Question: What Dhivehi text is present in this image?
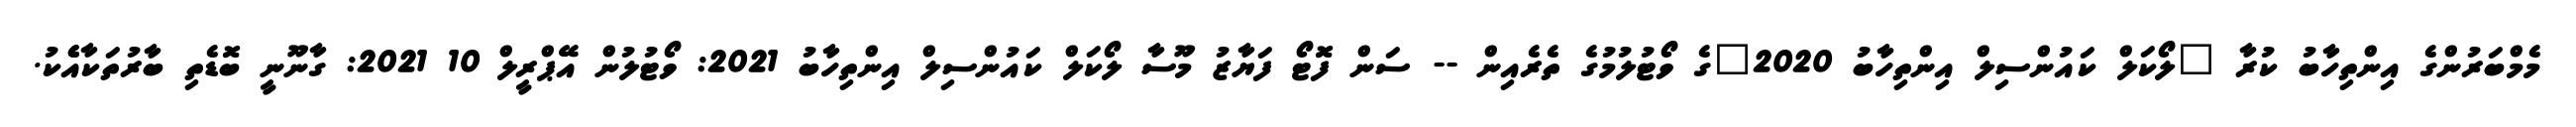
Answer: މެމްބަރުންގެ އިންތިހާބު ކުރާ "ލޯކަލް ކައުންސިލް އިންތިހާބު 2020"ގެ ވޯޓުލުމުގެ ތެރެއިން -- ސަން ފޮޓޯ ފަޔާޒު މޫސާ ލޯކަލް ކައުންސިލް އިންތިހާބު 2021: ވޯޓުލުން އޭޕްރީލް 10 2021: ގާނޫނީ ބޮޑެތި ބާރުތަކާއެެކު.